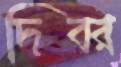
দিবর